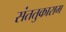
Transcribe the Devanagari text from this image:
संततुकाराम